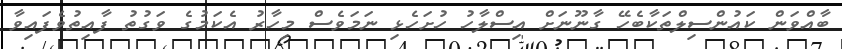
ބާއްވަން ކައުންސިލްތަކާބެހޭ ގާނޫނަށް އިސްލާހު ހުށަހެޅި ނަމަވެސް މިހާރު އެކަމުގެ ވަގުތު ފާއިތުވެފައިވާ